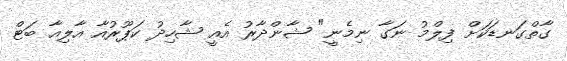
ގާތްގަނޑަކަށް ފިލްމު ނަގާ ނިމެނީ" ޝާންދާރު އެއީ ޝާހިދު ކަޕޫރުއާ އާލިއާ ބަޓް